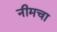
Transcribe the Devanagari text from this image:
नीमचा